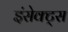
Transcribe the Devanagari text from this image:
इंसेक्ट्स